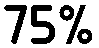
75%